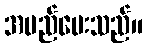
အမည်ပေးသည်။